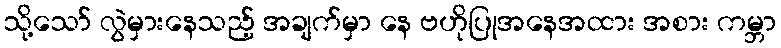
သို့သော် လွဲမှားနေသည့် အချက်မှာ နေ ဗဟိုပြုအနေအထား အစား ကမ္ဘာ